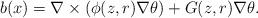
LaTeX: \begin{align*}b(x)=\nabla \times (\phi(z,r)\nabla \theta)+G(z,r)\nabla \theta. \end{align*}